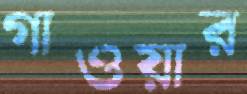
গাওয়ার